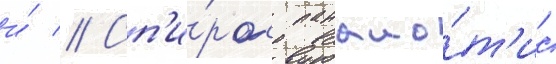
и́ // Сп'и́рос панаио́т'ис